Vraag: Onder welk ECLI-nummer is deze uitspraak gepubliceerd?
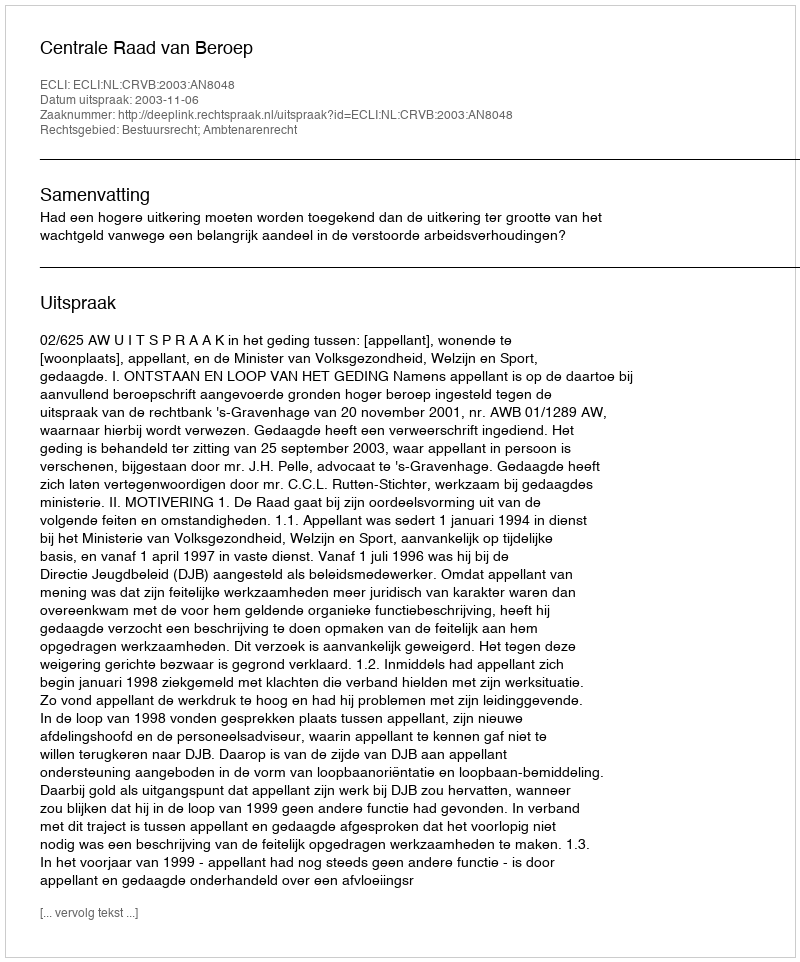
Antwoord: ECLI:NL:CRVB:2003:AN8048